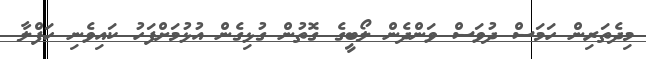
މިދެތަރިން ހަމަސް ދުވަސް ވަންދެން ލޯބީގެ ގޮތުން ގުޅިގެން އުޅުމަށްފަހު ކައިވެނި ހަފްލާ